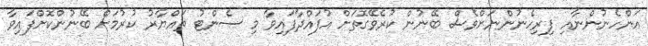
އަންހެނުންނާއި ފިރިހެނުންނަށްވެސް ބޭނުން ކުރެވޭގޮތަށް އުފައްދާފައިވާ މި ސެންޓު ތައްޔާރު ކުރުމަށް ބޭނުންކޮށްފައިވާ